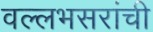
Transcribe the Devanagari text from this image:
वल्लभसरांची